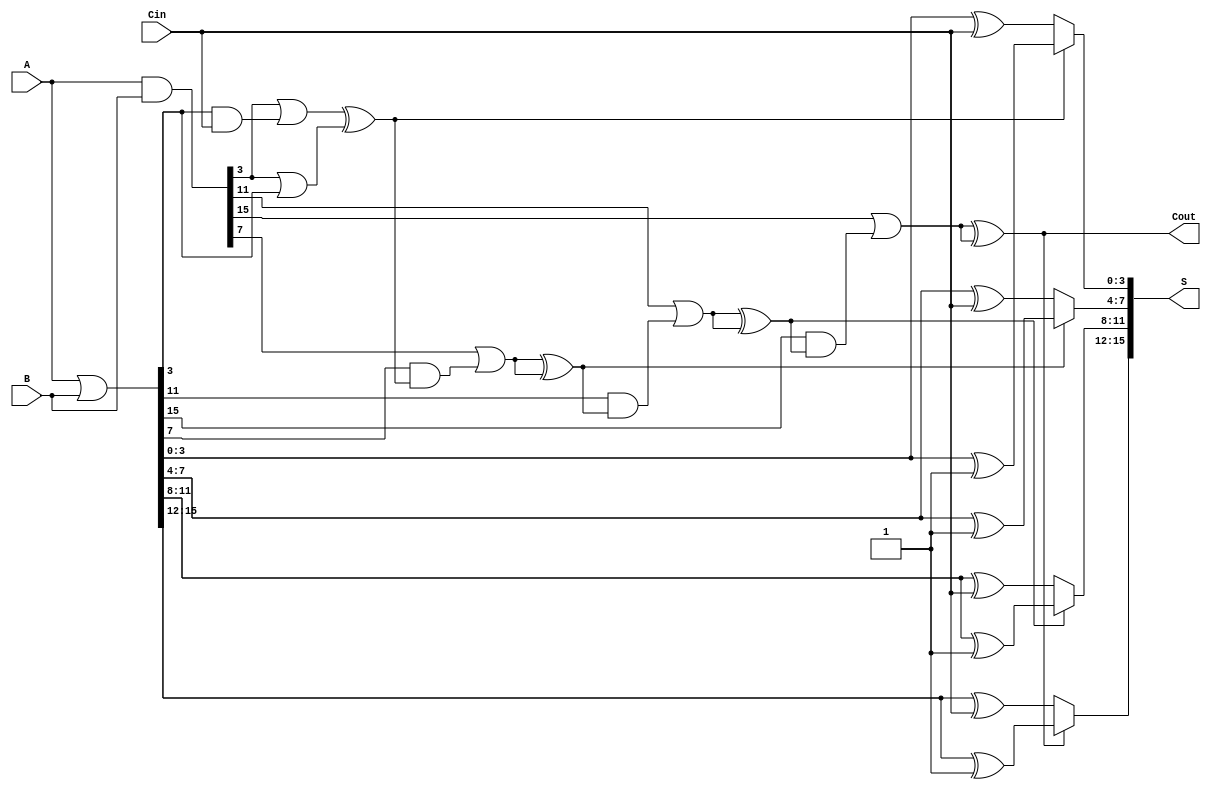
module CSPA #(parameter n = 16, parameter k = 4) (
    input  [n-1:0] A,
    input  [n-1:0] B,
    input          Cin,
    output [n-1:0] S,
    output         Cout
);

    // Number of segments
    localparam num_segments = n / k;

    // Generate and Propagate vectors
    wire [n-1:0] G; // Generate
    wire [n-1:0] P; // Propagate
    wire [num_segments-1:0] C; // Carry for each segment
    wire [num_segments-1:0] C0, C1; // Carry assuming Cin = 0 and Cin = 1
    wire [n-1:0] S0, S1; // Sum outputs for Cin = 0 and Cin = 1

    // Generate and Propagate calculations
    assign G = A & B;
    assign P = A | B;

    // Carry computation using prefix logic
    genvar i;
    generate
        for (i = 0; i < num_segments; i = i + 1) begin: carry_prefix
            if (i == 0) begin
                assign C0[i] = G[i*k + k-1] | (P[i*k + k-1] & Cin);
                assign C1[i] = G[i*k + k-1] | (P[i*k + k-1] & 1'b1);
            end else begin
                assign C0[i] = G[i*k + k-1] | (P[i*k + k-1] & C[i-1]);
                assign C1[i] = G[i*k + k-1] | (P[i*k + k-1] & C[i-1]);
            end
            assign C[i] = C0[i] ^ C1[i]; // Final carry for current segment
        end
    endgenerate

    // Sum calculation for each segment
    generate
        for (i = 0; i < num_segments; i = i + 1) begin: sum_calculation
            assign S0[i*k +: k] = P[i*k +: k] ^ Cin; // Sum with Cin = 0
            assign S1[i*k +: k] = P[i*k +: k] ^ 1'b1; // Sum with Cin = 1
            assign S[i*k +: k] = C[i] ? S1[i*k +: k] : S0[i*k +: k]; // Select based on carry
        end
    endgenerate

    // Final carry-out
    assign Cout = C[num_segments-1];

endmodule